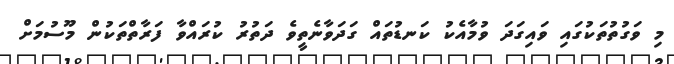
މި ވަގުތުތަކުގައި ވައިގަދަ ވުމާއެކު ކަނޑުތައް ގަދަވާނެތީވެ ދަތުރު ކުރައްވާ ފަރާތްތަކުން މޫސުމަށް